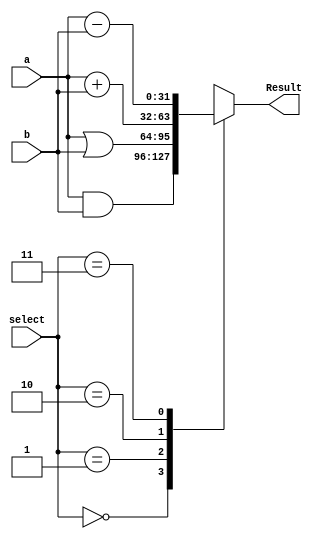
module ALU_32_Bit(a, b, select, Result);
      input [31:0] a;
      input [31:0] b;
      input [1:0] select;
      output [31:0]Result;
      reg [31:0] Result;

      always@(a or b or select)
          begin
               case (select)
                  2'b00:  Result = a & b;   // AND
                  2'b01:  Result = a  |   b;   // OR
                  2'b10:  Result = a +  b;    // addition or // subtraction
                  2'b11:  Result = a - b;
               endcase
           end

endmodule